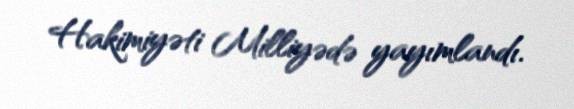
Hakimiyəti Milliyədə yayımlandı.